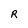
Character: R